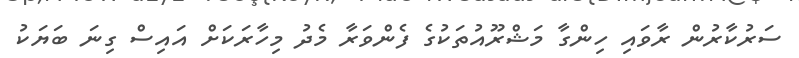
ސަރުކާރުން ރާވައި ހިންގާ މަޝްރޫއުތަކުގެ ފެންވަރާ މެދު މިހާރަކަށް އައިސް ގިނަ ބަޔަކު